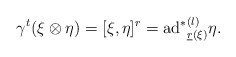
\begin{align*}\gamma^{t}(\xi\otimes\eta)=[\xi,\eta]^{r}={\mathrm{ad}^{\ast}}^{(l)}_{\underline{r}(\xi)}\eta.\end{align*}